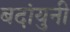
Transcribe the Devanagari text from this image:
बदांयुनी